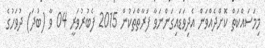
މިމަސައްކަތް ކޮށްދެއްވަން އެދިވަޑައިގަންނަވާ ފަރާތްތަކުން 2015 ފެބުރުވަރީ 04 ވާ (ބުދަ) ދުވަހުގެ